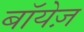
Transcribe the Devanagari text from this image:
बॉयेज़